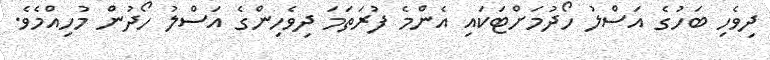
ދިވެހި ބަހުގެ އަސްލު ހޯދުމަށްޓަކައި އެންމެ ފުރަތަމަ ދިވެހިންގެ އަސްލު ހޯދުން މުހިއްމެވެ.